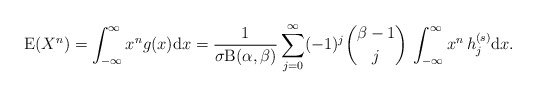
\begin{align*}\mathrm{E}(X^n)=\int_{-\infty}^\infty x^n g(x) \mathrm{d}x=\frac{1}{\sigma\mathrm{B}(\alpha,\beta)}\sum_{j=0}^{\infty}(-1)^j\binom{\beta-1}{j}\,\int_{-\infty}^\infty x^n\,h_j^{(s)}\mathrm{d}x.\end{align*}